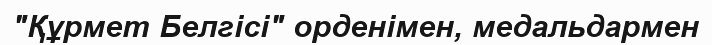
"Құрмет Белгісі" орденімен, медальдармен